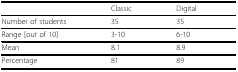
<table><thead><tr><td></td><td><b>Classic</b></td><td><b>Digital</b></td></tr></thead><tbody><tr><td>Number of students</td><td>35</td><td>35</td></tr><tr><td>Range [out of 10]</td><td>3-10</td><td>6-10</td></tr><tr><td>Mean</td><td>8.1</td><td>8.9</td></tr><tr><td>Percentage</td><td>81</td><td>89</td></tr></tbody></table>